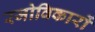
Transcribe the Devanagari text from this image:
रजोविकारों